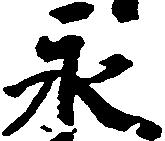
永